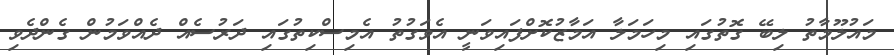
މައުލޫމާތު ލިބޭ ގޮތުގައި މިހަމަލާ އަމާޒުކޮށްފައިވަނީ އެވަގުތު އެމިސްކިތުގައި ދަރުސެއް ދެއްވަމުން ގެންދެވި